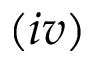
( i v )